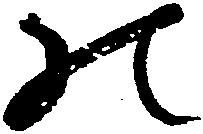
の